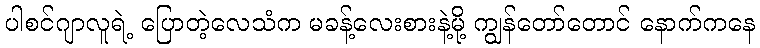
ပါစင်ဂျာလူရဲ့ ပြောတဲ့လေသံက မခန့်လေးစားနဲ့မို့ ကျွန်တော်တောင် နောက်ကနေ